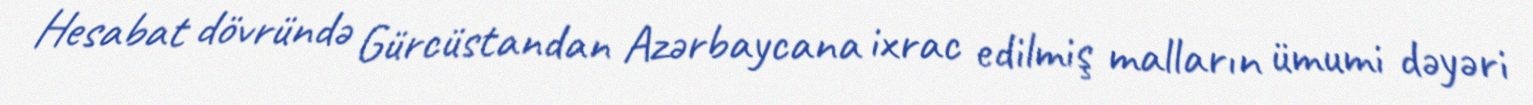
Hesabat dövründə Gürcüstandan Azərbaycana ixrac edilmiş malların ümumi dəyəri